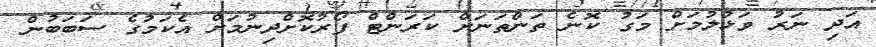
އަދި ނަރު ވަޅުލުމަށް މަގު ކޮނެ ތަންތަނަށް ކަރަންޓް ފޯރުކޮށްދިނުމަށް އެކަމުގެ ސަބަބުން